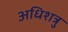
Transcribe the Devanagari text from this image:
अधिशत्रु